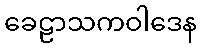
ခေဠာသကဝါဒေန